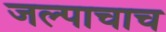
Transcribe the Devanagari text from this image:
जल्पाचाच